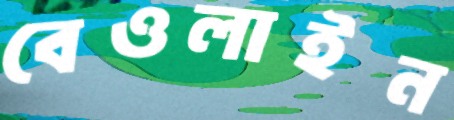
বেওলাইন